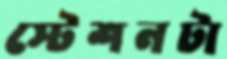
স্টেশনটা